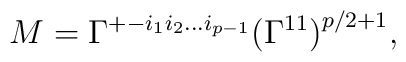
M=\Gamma^{+-i_1i_2\dots i_{p-1}} \bigl(\Gamma^{11}\bigr)^{p/2+1},